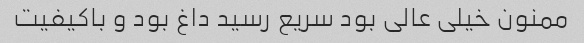
ممنون خیلی عالی بود سریع رسید داغ بود و باکیفیت